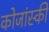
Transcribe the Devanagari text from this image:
कोजांस्की